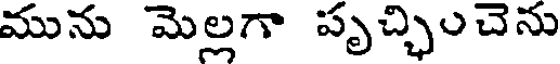
మును మెల్లగా పృచ్చించెను